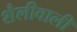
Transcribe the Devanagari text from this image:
शैलीवाली